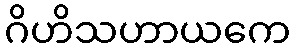
ဂိဟိသဟာယကေ